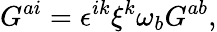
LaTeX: G^{ai}=\epsilon^{ik}\xi^{k}\omega_{b}G^{ab},